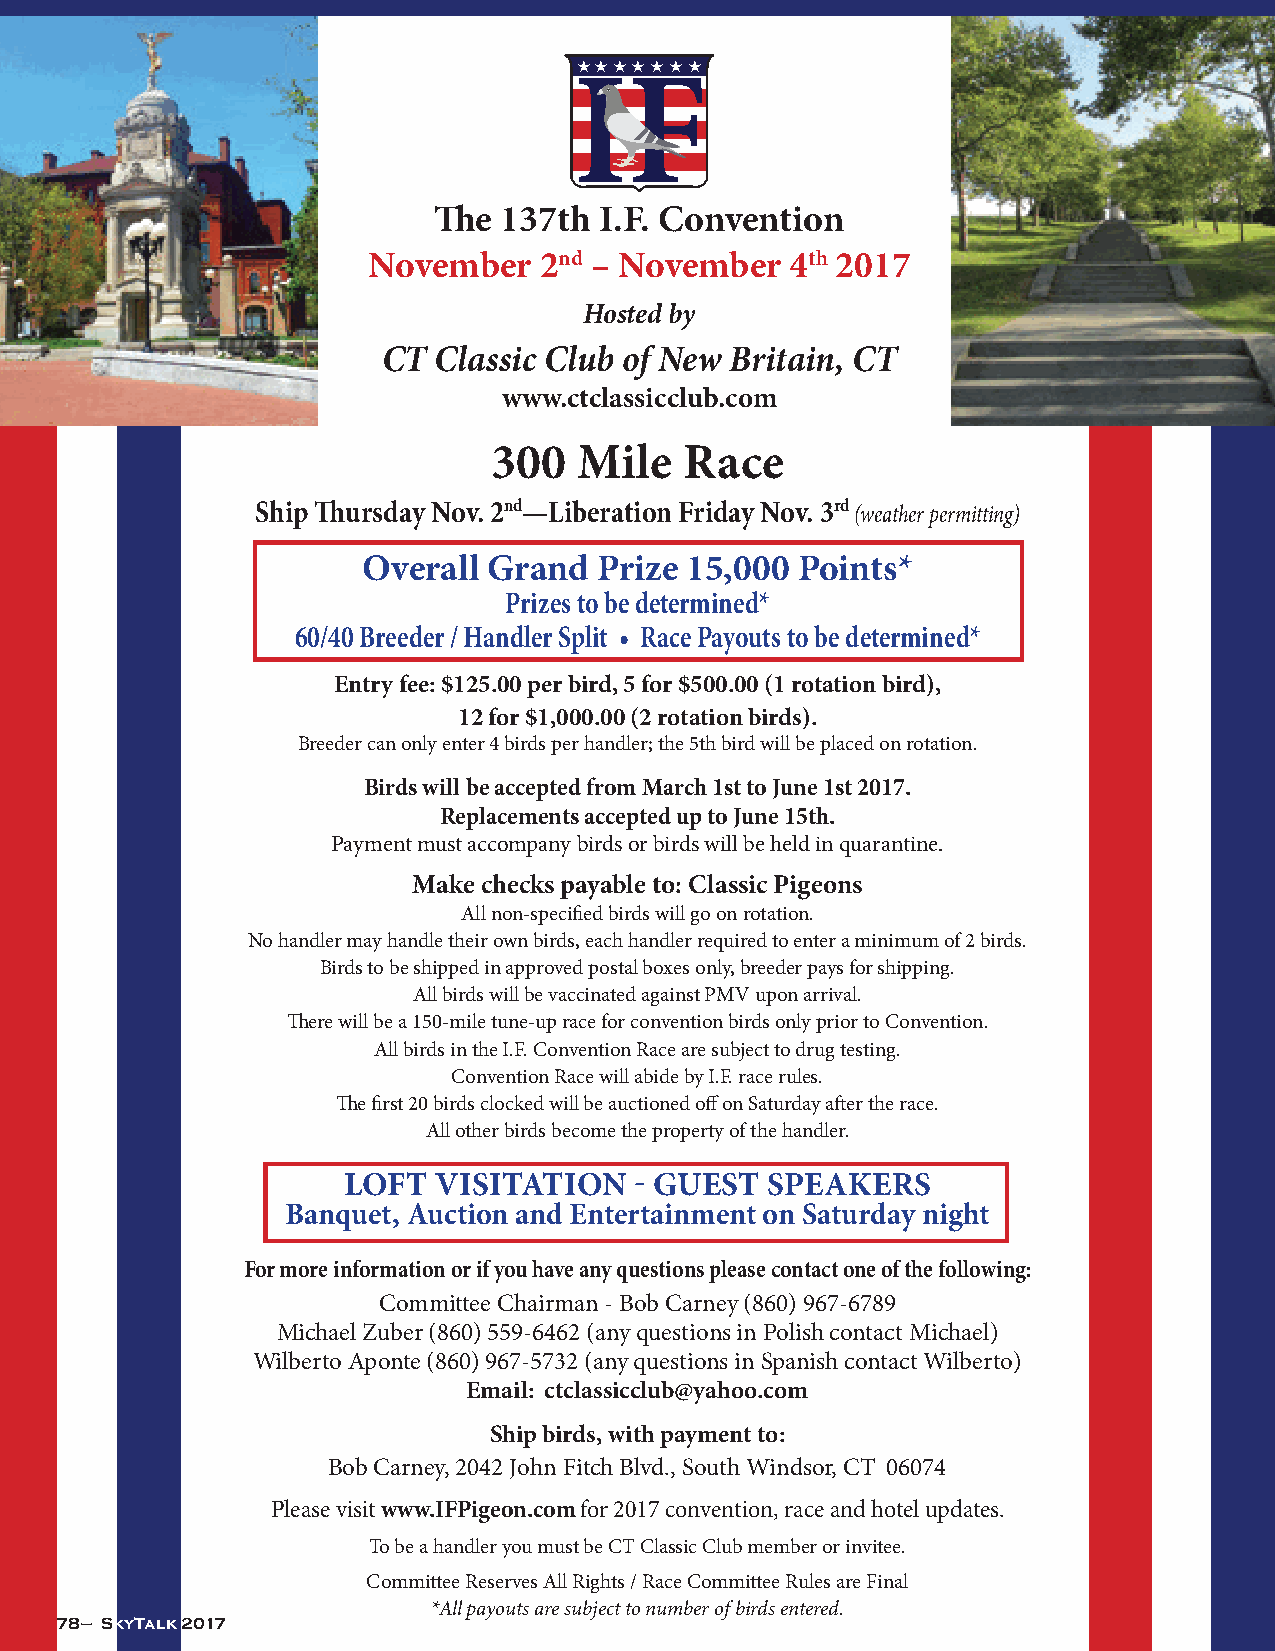
H H H H H H H
 The 137th  I.F. Convention
 November    2nd – November  4th 2017
 Hosted by
 CT  Classic Club of New Britain, CT
 www.ctclassicclub.com
 300  Mile   Race
 Ship Thursday Nov. 2nd—Liberation Friday Nov. 3rd (weather permitting)
 Overall Grand   Prize 15,000 Points*
 Prizes to be determined*
 60/40 Breeder / Handler Split • Race Payouts to be determined*
 Entry fee: $125.00 per bird, 5 for $500.00 (1 rotation bird),
 12 for $1,000.00 (2 rotation birds).
 Breeder can only enter 4 birds per handler; the 5th bird will be placed on rotation.
 Birds will be accepted from March 1st to June 1st 2017.
 Replacements accepted up to June 15th.
 Payment must accompany birds or birds will be held in quarantine.
 Make checks payable to: Classic Pigeons
 All non-specified birds will go on rotation.
 No handler may handle their own birds, each handler required to enter a minimum of 2 birds.
 Birds to be shipped in approved postal boxes only, breeder pays for shipping.
 All birds will be vaccinated against PMV upon arrival.
 There will be a 150-mile tune-up race for convention birds only prior to Convention.
 All birds in the I.F. Convention Race are subject to drug testing.
 Convention Race will abide by I.F. race rules.
 The first 20 birds clocked will be auctioned off on Saturday after the race.
 All other birds become the property of the handler.
 LOFT  VISITATION   - GUEST  SPEAKERS
 Banquet, Auction and Entertainment on Saturday night
 For more information or if you have any questions please contact one of the following:
 Committee Chairman - Bob Carney (860) 967-6789
 Michael Zuber (860) 559-6462 (any questions in Polish contact Michael)
 Wilberto Aponte (860) 967-5732 (any questions in Spanish contact Wilberto)
 Email: ctclassicclub@yahoo.com
 Ship birds, with payment to:
 Bob Carney, 2042 John Fitch Blvd., South Windsor, CT 06074
 Please visit www.IFPigeon.com for 2017 convention, race and hotel updates.
 To be a handler you must be CT Classic Club member or invitee.
 Committee Reserves All Rights / Race Committee Rules are Final
 *All payouts are subject to number of birds entered.
 78 – SkyTalk 2017